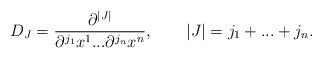
LaTeX: \begin{align*}D_J={{\partial^{|J|}}\over{\partial^{j_1}x^1...{\partial^{j_n}x^n}}},\qquad |J|=j_1+...+j_n.\end{align*}